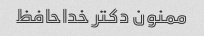
ممنون دکتر خداحافظ